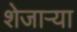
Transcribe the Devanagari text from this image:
शेजाऱ्या